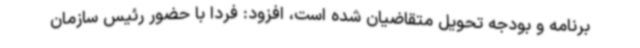
برنامه و بودجه تحویل متقاضیان شده است، افزود: فردا با حضور رئیس سازمان